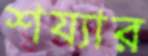
শয্যার